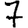
Digit: 7